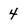
Character: 4